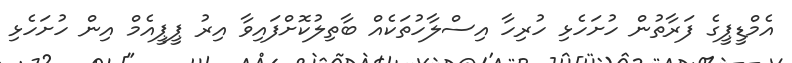
އެމްޑީޕީގެ ފަރާތުން ހުށަހެޅި ހުރިހާ އިސްލާހުތަކެއް ބާތިލުކޮށްފައިވާ އިރު ޕީޕީއެމް އިން ހުށަހެޅި